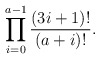
\begin{align*} \prod _{i=0} ^{a-1}\frac {(3i+1)!} {(a+i)!}.\end{align*}